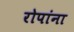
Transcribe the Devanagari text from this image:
रोपांना